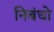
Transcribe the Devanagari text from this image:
निबंधो